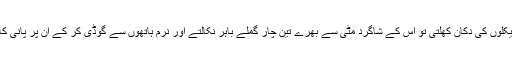
صبح ملّا کی سائیکلوں کی دکان کھلتی تو اس کے شاگرد مٹی سے بھرے تین چار گملے باہر نکالتے اور نرم ہاتھوں سے گوڈی کر کے ان پر پانی کا چھینٹا لگا دیتے۔